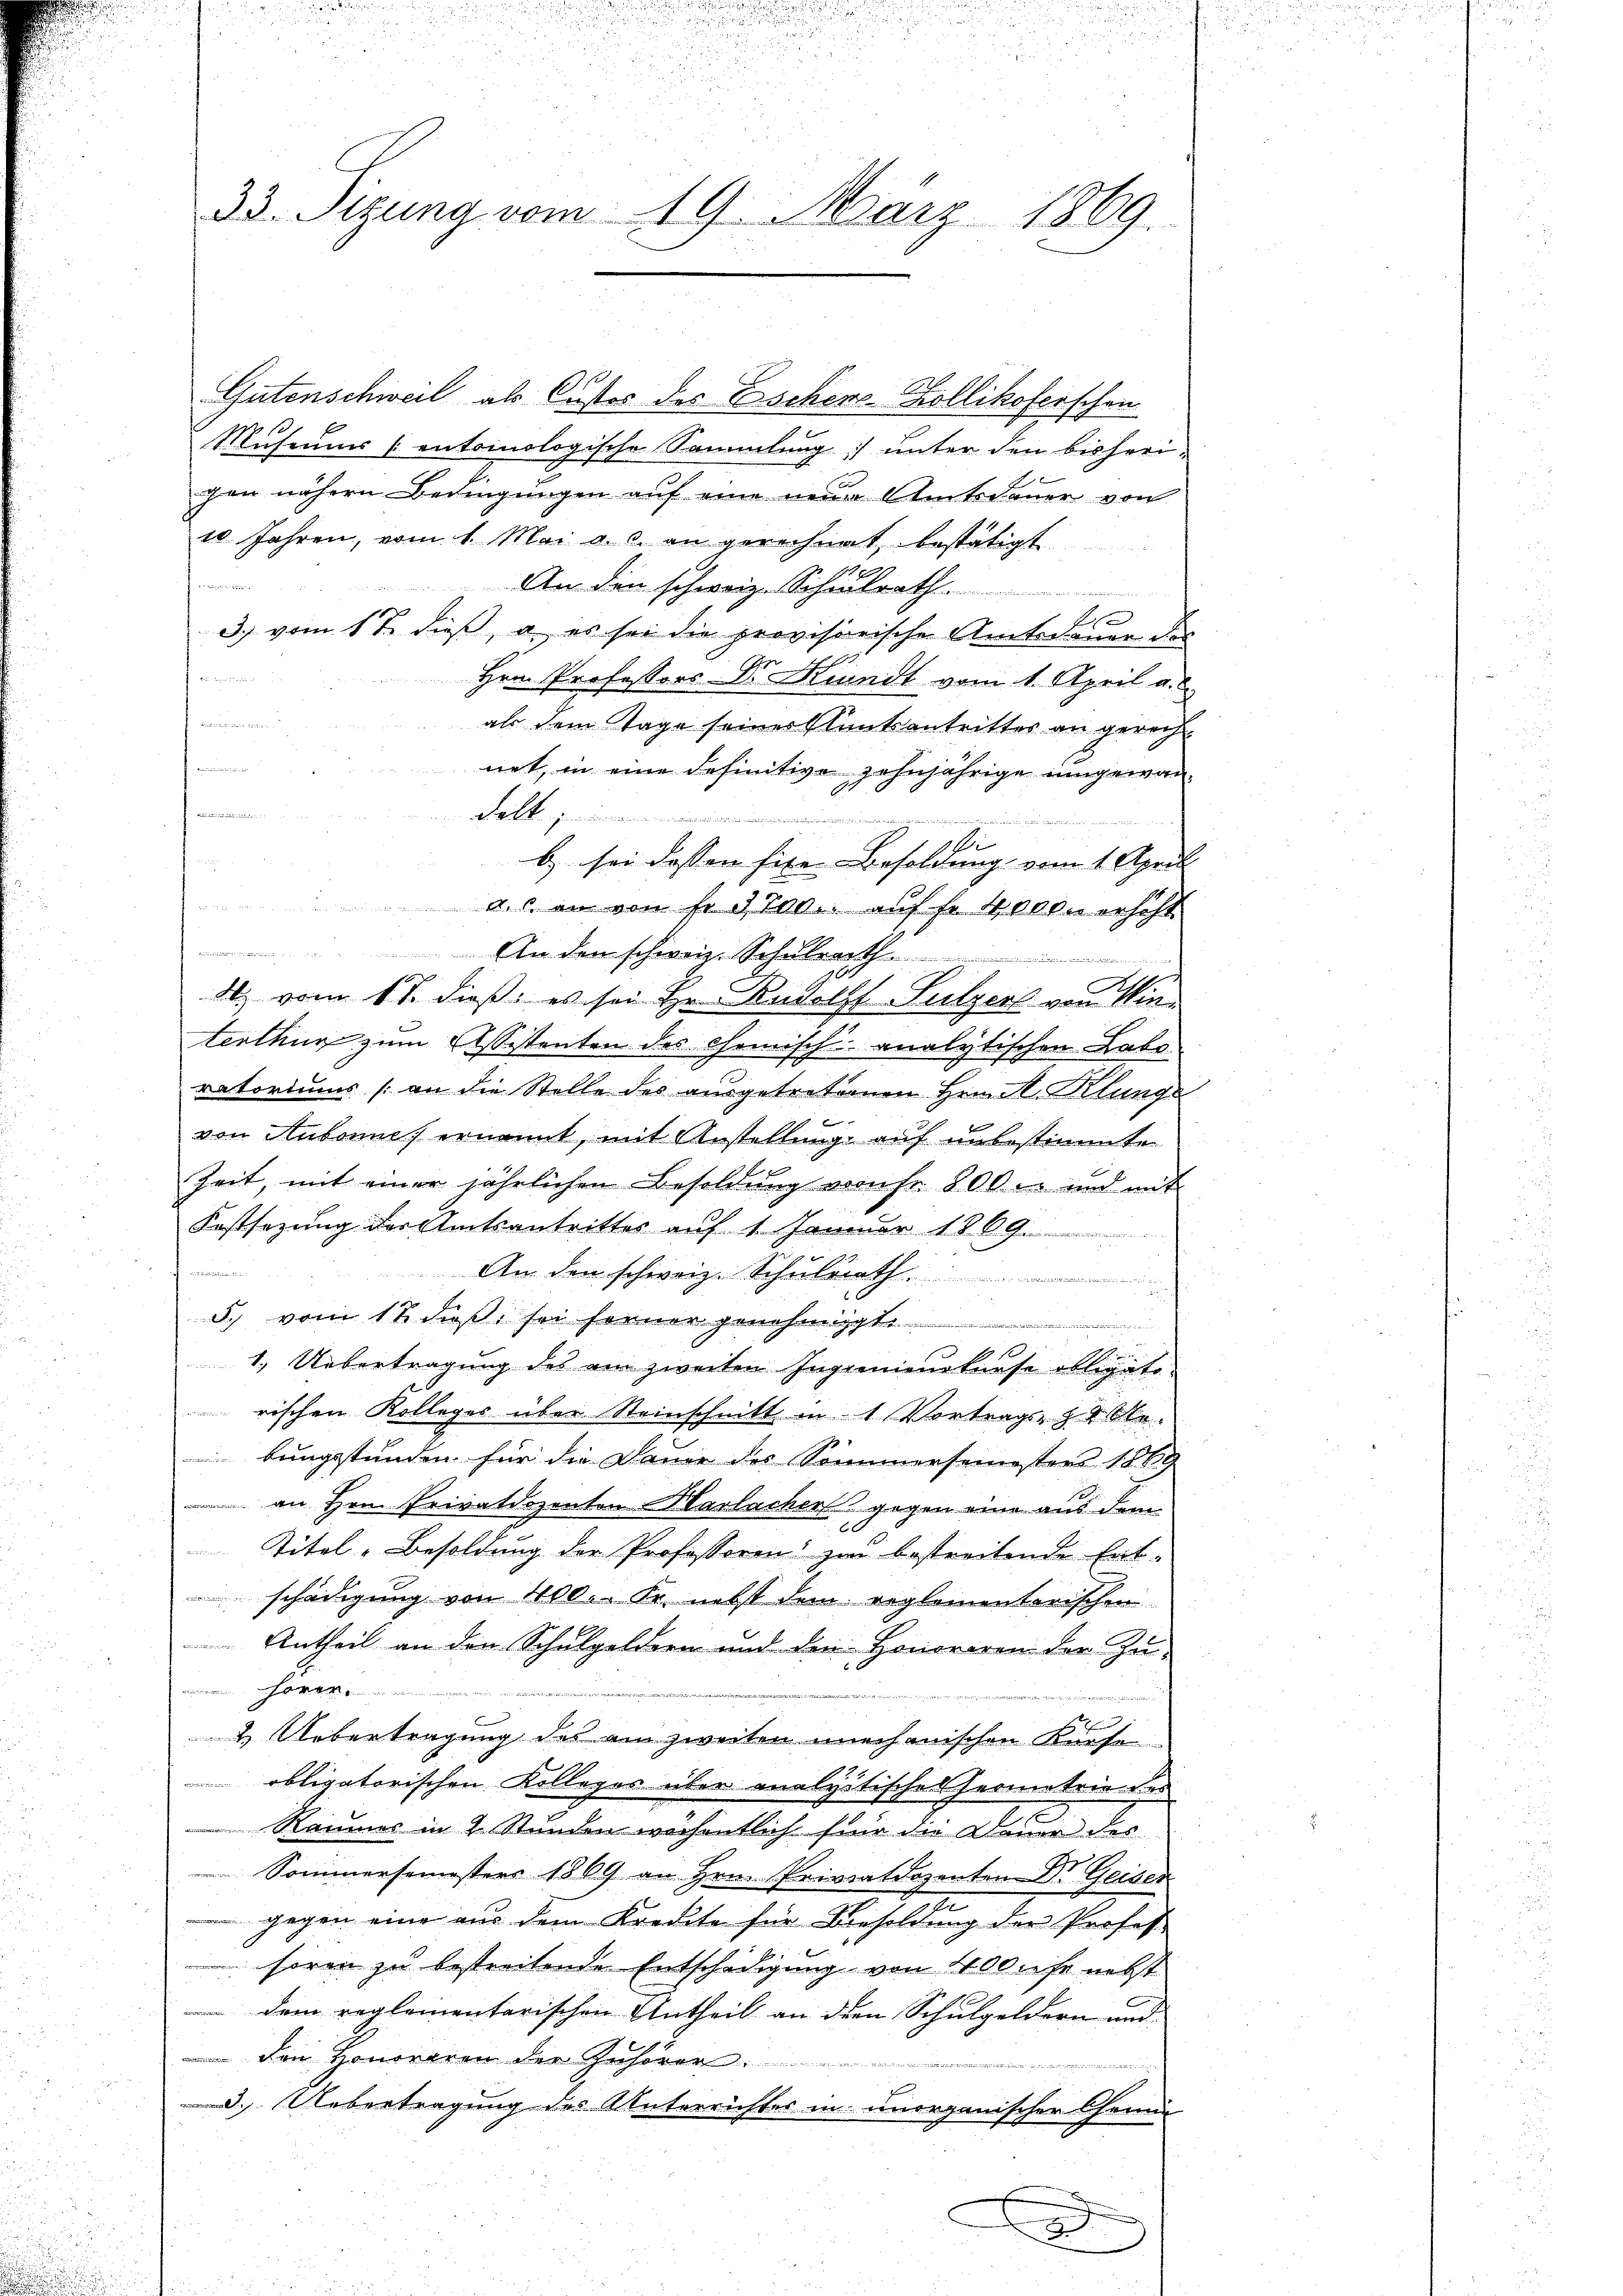
u
u

33. Sizung vom 19. März 1869.

Gutenschweil als Custos des Eschens-Zollikoferschen
Museums (entoinologische Sammlung unter den bisheri-
gen nähern Bedingungen auf eine neue Amtsdauer von
10 Jahren, vom 1. Mai a. c. an gerechnet, bestätigt
a
22
An den schweiz. Schulrath.
k
3. vom 1 t dieß, a. es sei die provisorische Amtsdauer des
Hrn. Professors Dr. Kindt vom 1. April a.
n
als dem Tage seiner Bluntantrittes an gerecht

net, in eine definitive zehnjährige umgewan¬
J.
e
dal
b) sei dessen fixe Besoldung vom 1. April
u
a.s. an von fr. 3700. aŭf fr. 4000. erscht.
a

An den schweiz. Schulrath
10
4. vom 11. dieß es sei Hr. Rudolf Sulzers von Winterthur zum Essistenten des Chemisch analytischen Labo
ratoriums (an die Stelle des ausgetretenen Hrn. M. Klunge
von Aubonne ernannt, mit Anstellung auf unbestimmte
Zeit, mit einer jährlichen Besoldung von fr. 800 er und mit
Festsezung der Amtsantrittes auf 1. Januar 1869.
Am den schweiz. Schulrath
d. vom 17. dieß sei ferner genehmigte
1. Uebertragung des ein zweiten Ingenieurkurse obligato-
rischen Kolleges über Steinschnitt in 1 Vortrags- & Ste
bungsstunden für die Dauer des Sommersemesters 1889
an Hrn. Privatdozenten Harlacher gegen eine aus dem
1
Titel-Besoldung der Professoren zu bestreitende Ent-
schädigung von 400. Fr. nebst dem reglementarischen
Antheil an den Schulgeldern und den Honoriren der Zu-
.
e
& Uebertragung des am zweiten mechanischen Kaufe
obligatorischen Kolleges über analyitischen Hermetrie aus
Raumes in 2 Stunden wöchentlich für die Dauer des
Sommersemesters 1869 an Hrn. Privatdozenten Dr. Geiser
e
 gegen eine aus dem Kredite für Besoldung der Profes
hören zu bestreitende Entschädigung von 100 mehr nebst
dem reglementarischen Antheil an der Schulgeldern und
Den Honoraren der Zuhörer
d
d. Uebertragung des Unterrichtes in unorganischer Gemü
e